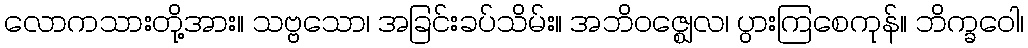
လောကသားတို့အား။ သဗ္ဗသော၊ အခြင်းခပ်သိမ်း။ အဘိဝဇ္ဈေလ၊ ပွားကြစေကုန်။ ဘိက္ခဝေါ၊